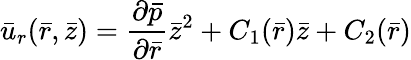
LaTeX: {\bar{u}}_{r}(\bar{r},\bar{z})=\frac{{\partial}\bar{p}}{{\partial}\bar{r}}\bar{{z}}^{2}+C_{1}(\bar{r})\bar{z}+C_{2}(\bar{r})